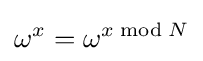
\omega ^{x}=\omega ^{x{\bmod {N}}}